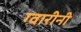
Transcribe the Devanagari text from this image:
ग्वारीनी